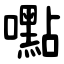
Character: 嚸